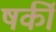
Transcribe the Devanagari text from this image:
षर्की